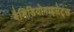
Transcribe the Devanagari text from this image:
बैसिडियोमाइसेट्स